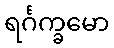
ရင်္ဂက္ခမော